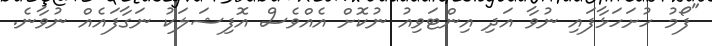
"ފޯމު ހުށަހަޅާފައި ނުވާ އަދި އިންޓަވިއު ނުކޮށް އެއްވެސް އޮފިޝަލަކު ނަގާފައެއް ނުވާނެ.